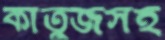
কার্তুজসহ